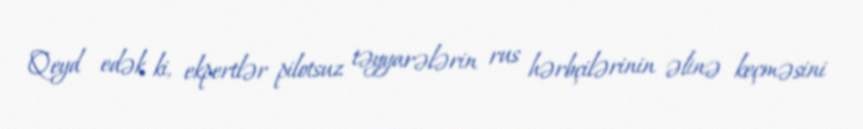
Qeyd edək ki, ekpertlər pilotsuz təyyarələrin rus hərbçilərinin əlinə keçməsini